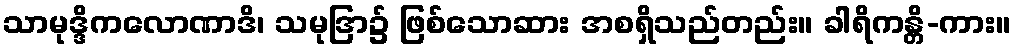
သာမုဒ္ဒိကလောဏာဒိ၊ သမုဒြာ၌ ဖြစ်သောဆား အစရှိသည်တည်း။ ခါရိကန္တိ-ကား။